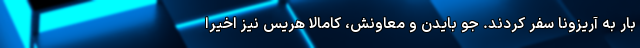
بار به آریزونا سفر کردند. جو بایدن و معاونش، کامالا هریس نیز اخیرا